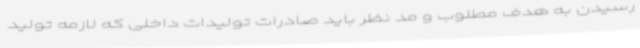
رسیدن به هدف مطلوب و مد نظر باید صادرات تولیدات داخلی که لازمه تولید